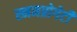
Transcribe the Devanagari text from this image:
स्नमप्रोगेटी